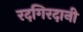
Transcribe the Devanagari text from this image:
रदगिरदानी